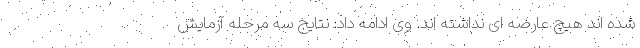
شده اند هیچ عارضه ای نداشته اند. وی ادامه داد: نتایج سه مرحله آزمایش